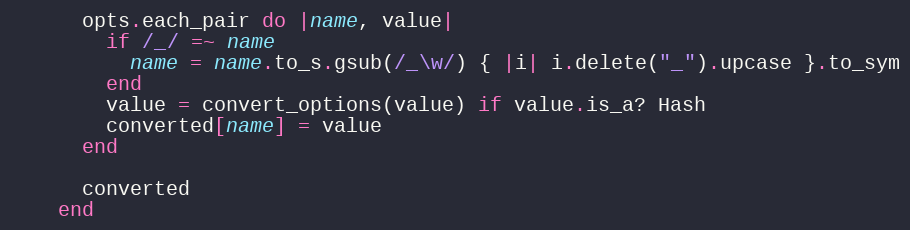
Language: Ruby
      opts.each_pair do |name, value|
        if /_/ =~ name
          name = name.to_s.gsub(/_\w/) { |i| i.delete("_").upcase }.to_sym
        end
        value = convert_options(value) if value.is_a? Hash
        converted[name] = value
      end

      converted
    end